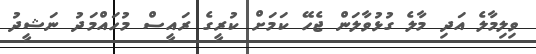
ވިލިމާލެ އަދި މާލެ ގުޅުވާލަން ޖެހޭ ކަމަށް ކުރީގެ ރައީސް މުހައްމަދު ނަޝީދު